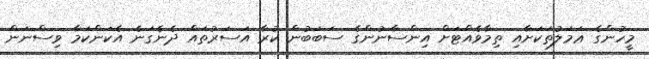
މީހުންގެ ޢަމަލުތަކަށާއި ތިމާވެއްޓަށް އިންސާނުންގެ ސަބަބުން ކުރާ އަސަރުތައް ދެނެގަނެ އެކަންކަމާ ވިސްނަން